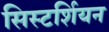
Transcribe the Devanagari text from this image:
सिस्टर्शियन